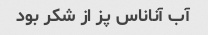
آب آناناس پز از شکر بود